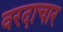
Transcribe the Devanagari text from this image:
वरदाचार